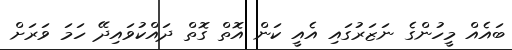
ބައެއް މީހުންގެ ނަޒަރުގައި އެއީ ކަން އޮތް ގޮތް ދައްކުވައިދޭ ހަމަ ވަރަށް